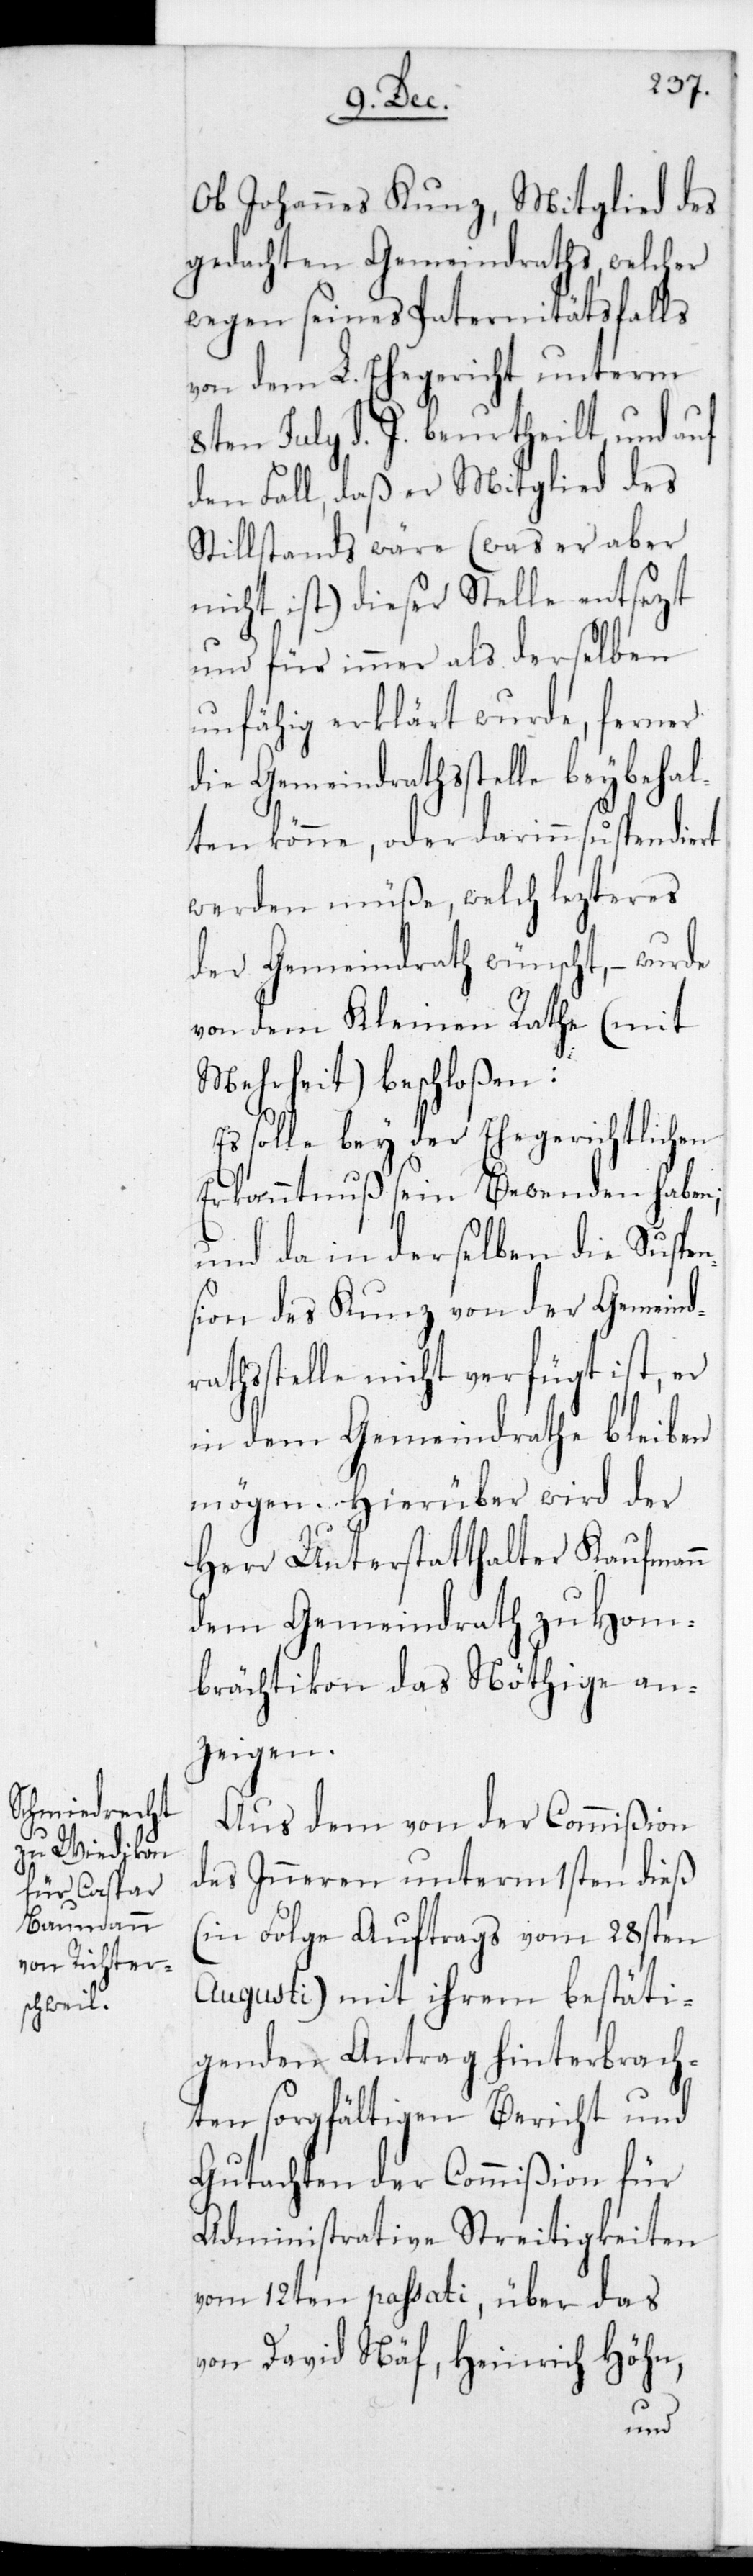
Ob Johannes Kunz, Mitglied des
gedachten Gemeindraths, welcher
wegen seines Paternitätsfalls
von dem L. Ehegericht unterm
Ka¬
8ten Julii d. J. beurt¬
den Fall, daß er Mi¬
Stillstands wäre (was
nicht ist) dieser Stel¬
und für immer als
unfähig erklärt
die Gemeindrat¬
ten könne, oder
werden müße,
der Gemeindrath wün¬
von dem Kleinen
Mehrheit) beschloßen:
solle bey der
Erkanntnuß sein Be¬
i¬
und da in der¬
sion des Kunz v¬
st, er
rathsstelle nicht ver¬
in dem Gemeindrathe bleiben
mögen. Hierüber wird der
ufmann
Herr Unterstatthalter
Hom¬
dem Gemeindrath zu
brächtikon das Nöthige an¬
zeigen.
Aus dem von der Commißion
des Inneren unterm 1sten dieß
(in Folge Auftrags vom 28sten
Augusti) mit ihrem bestäti¬
gendem Antrag hinterbrach¬
ten sorgfältigen Bericht und
Gutachten der Commißion für
administrative Streitigkeiten
vom 12ten passati, über das
von David Näf, Heinrich Höhn,
fügt

al¬